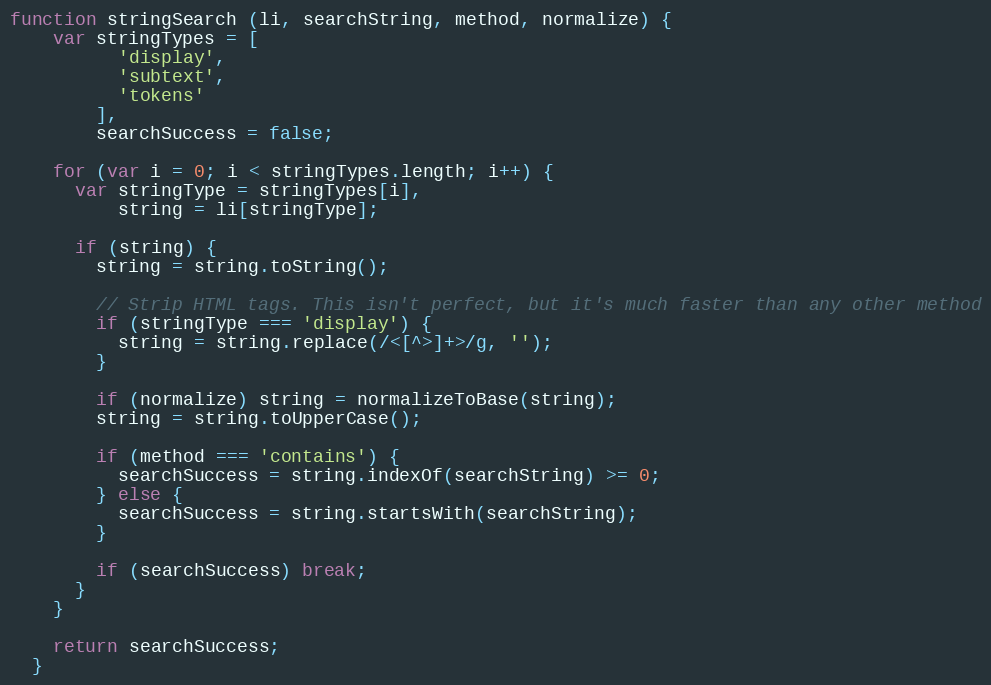
Language: JavaScript
function stringSearch (li, searchString, method, normalize) {
    var stringTypes = [
          'display',
          'subtext',
          'tokens'
        ],
        searchSuccess = false;

    for (var i = 0; i < stringTypes.length; i++) {
      var stringType = stringTypes[i],
          string = li[stringType];

      if (string) {
        string = string.toString();

        // Strip HTML tags. This isn't perfect, but it's much faster than any other method
        if (stringType === 'display') {
          string = string.replace(/<[^>]+>/g, '');
        }

        if (normalize) string = normalizeToBase(string);
        string = string.toUpperCase();

        if (method === 'contains') {
          searchSuccess = string.indexOf(searchString) >= 0;
        } else {
          searchSuccess = string.startsWith(searchString);
        }

        if (searchSuccess) break;
      }
    }

    return searchSuccess;
  }